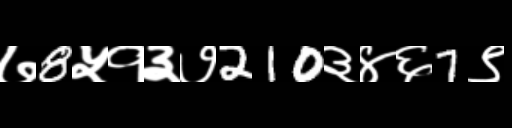
Text: ७8५१३७210३४६7९